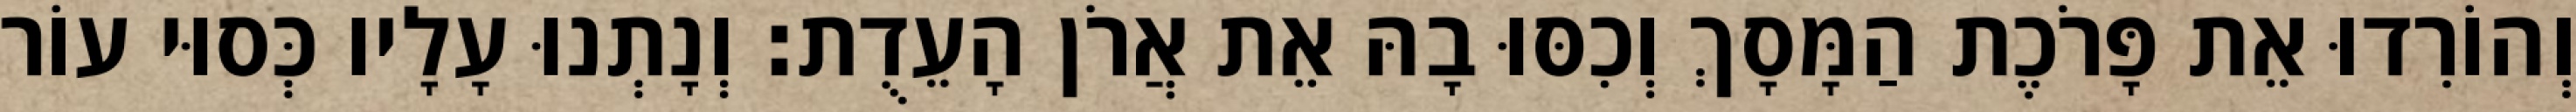
וְהוֹרִדוּ אֵת פָּרֹכֶת הַמָּסָךְ וְכִסּוּ בָהּ אֵת אֲרֹן הָעֵדֻת׃ וְנָתְנוּ עָלָיו כְּסוּי עוֹר